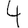
Digit: 4